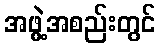
အဖွဲ့အစည်းတွင်